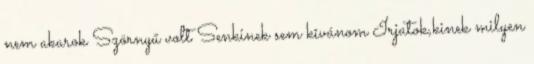
nem akarok Szörnyű volt Senkinek sem kîvánom Irjatok,kinek milyen